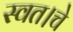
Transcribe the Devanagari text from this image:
स्वत।चे